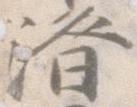
済